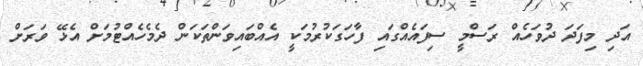
އަދި މިފަދަ ދުވަހެއް ރަސްމީ ސިފައެއްގައި ފާހަގަކުރުމަކީ އެއްބައިވަންތަކަން ދެމެހެއްޓުމަށް އެޅޭ ވަރަށް